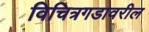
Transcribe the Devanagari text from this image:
विचित्रगडावरील